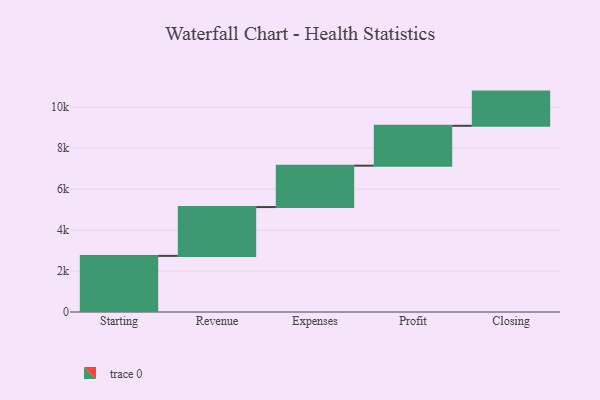
{"axis": {"x": "Step", "y": "Value"}, "legend": [""], "data": [{"x": "Starting", "y": 2741.0, "type": ""}, {"x": "Revenue", "y": 2384.0, "type": ""}, {"x": "Expenses", "y": 2021.0, "type": ""}, {"x": "Profit", "y": 1948.0, "type": ""}, {"x": "Closing", "y": 1670.0, "type": ""}]}